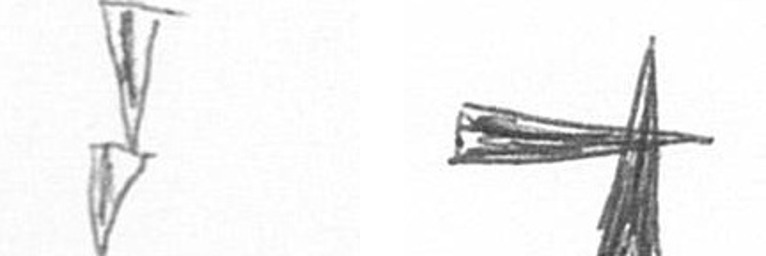
Z G